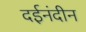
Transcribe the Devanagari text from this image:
दईनंदीन